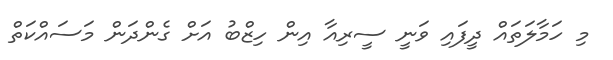
މި ހަމާލަތައް ދީފައި ވަނީ ސީރިއާ އިން ހިޒްބު އަށް ގެންދަން މަސައްކަތް